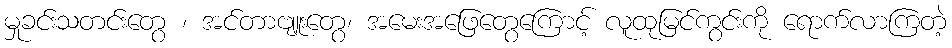
မှုခင်းသတင်းတွေ ၊ အင်တာဗျူးတွေ၊ အမေးအဖြေတွေကြောင့် လူထုမြင်ကွင်းကို ရောက်လာကြတဲ့